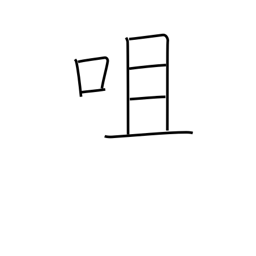
Meaning: bite